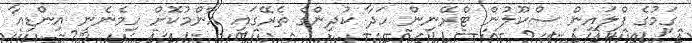
ގަމުގެ ފްލައިން ސްކޫލުން ޓްރޭނިން ހަދާ ކުދިންގެ ތެރޭގައި އާންމުކޮށް ހިމެނެނީ އިންޑިއާ